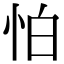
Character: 怕